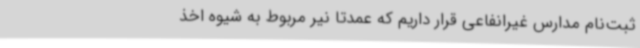
ثبت‌نام مدارس غیرانفاعی قرار داریم که عمدتا نیر مربوط به شیوه اخذ